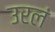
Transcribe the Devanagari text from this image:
उरलं